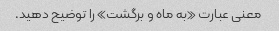
معنی عبارت «به ماه و برگشت» را توضیح دهید.